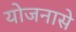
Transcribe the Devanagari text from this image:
योजनासे